65_HS1-834228961_62-HQ-83894_Section_3
Agency: FBI
Page 91
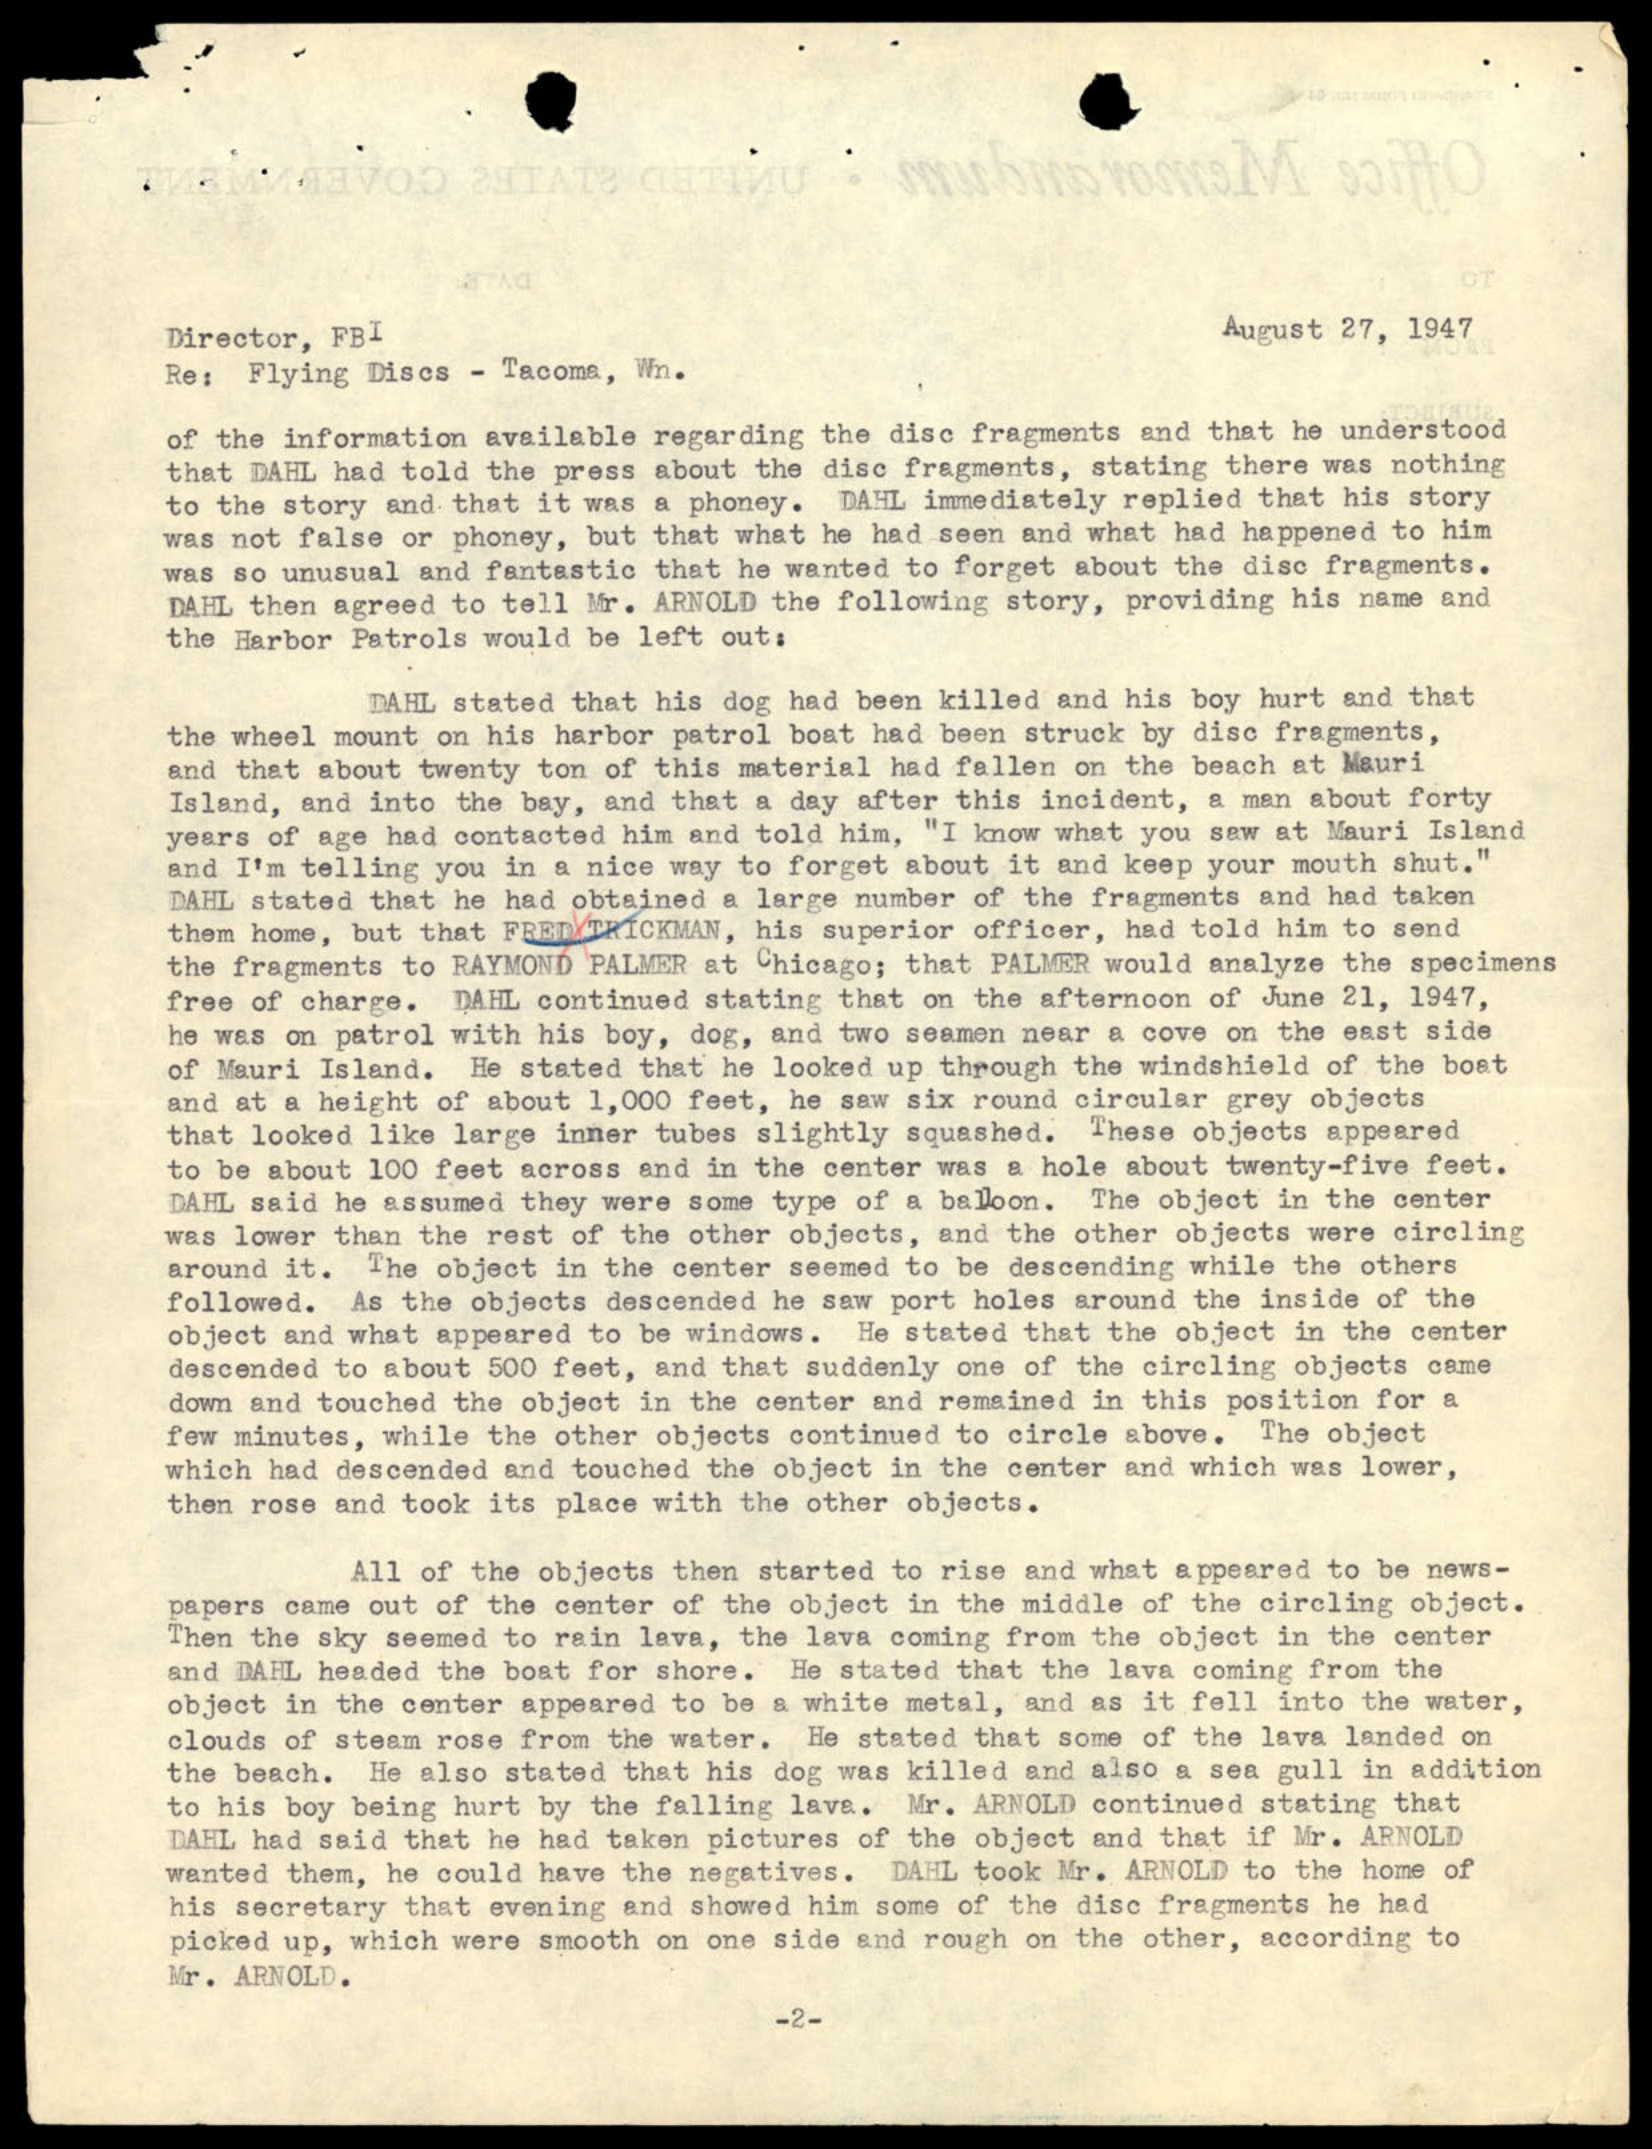